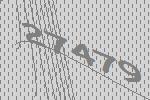
27479